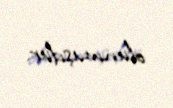
olunmuşdur.